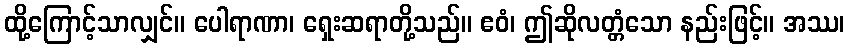
ထို့ကြောင့်သာလျှင်။ ပေါရာဏာ၊ ရှေးဆရာတို့သည်။ ဧဝံ၊ ဤဆိုလတ္တံသော နည်းဖြင့်။ အဿ၊